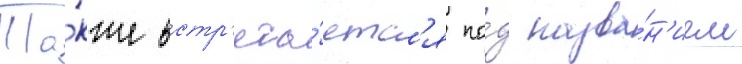
Та́кже встр'еча́етс'я по́д назва́н'ием